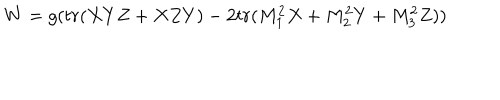
LaTeX: W = g ( t r ( X Y Z + X Z Y ) - 2 t r ( M _ { 1 } ^ { 2 } X + M _ { 2 } ^ { 2 } Y + M _ { 3 } ^ { 2 } Z ) )